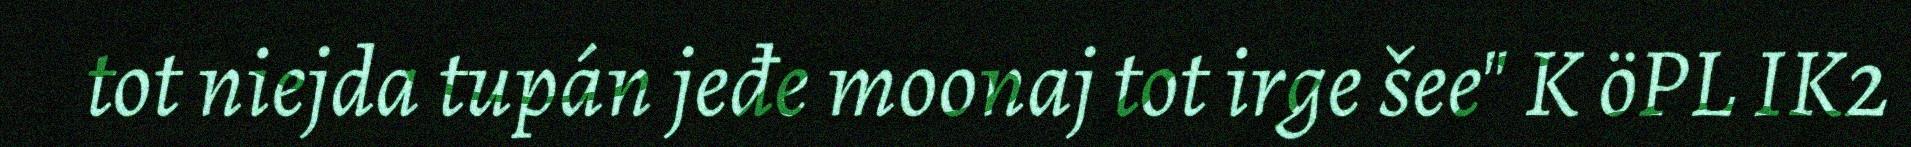
tot niejda tupán jeđe moonaj tot irge šee" K öPL IK2